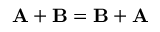
\mathbf { A } + \mathbf { B } = \mathbf { B } + \mathbf { A }